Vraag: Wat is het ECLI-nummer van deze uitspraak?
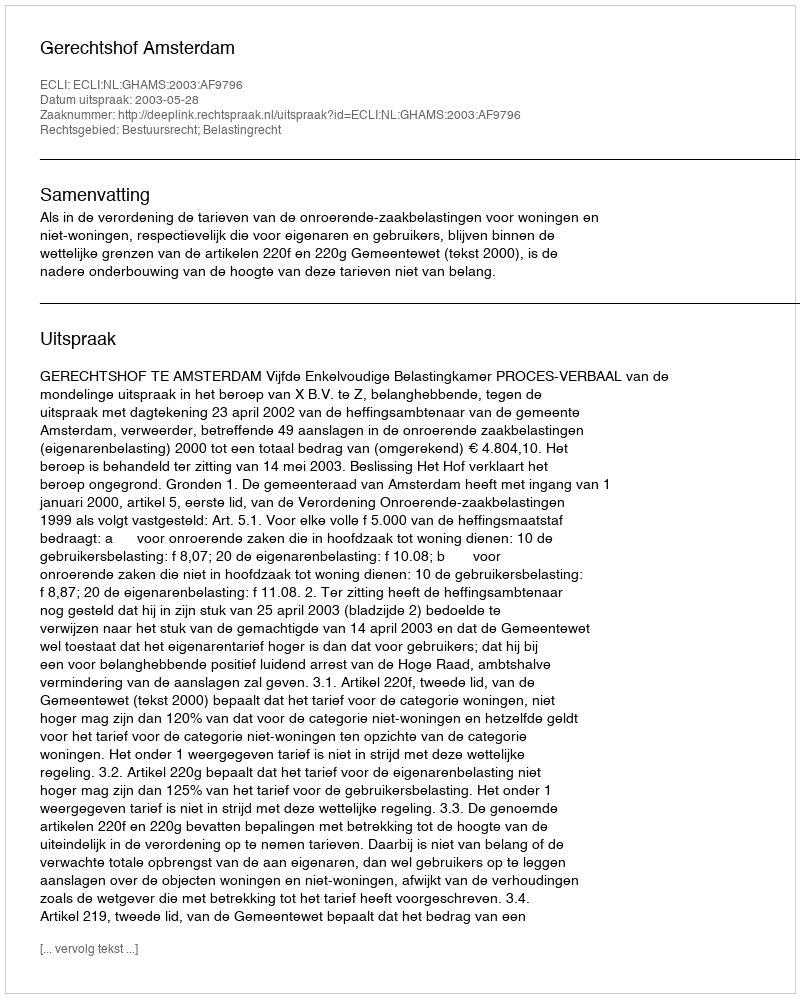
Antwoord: ECLI:NL:GHAMS:2003:AF9796